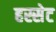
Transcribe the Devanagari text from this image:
हस्सेट